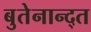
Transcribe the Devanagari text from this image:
बुतेनान्द्त